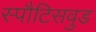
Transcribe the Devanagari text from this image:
स्पौटिसवुड